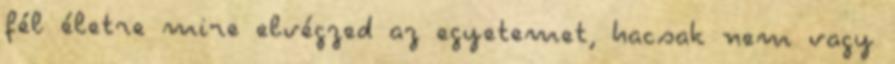
fél életre mire elvégzed az egyetemet, hacsak nem vagy